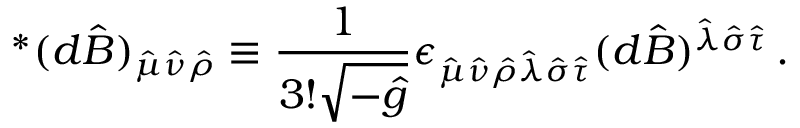
{ } ^ { * } ( d \hat { B } ) _ { \hat { \mu } \hat { \nu } \hat { \rho } } \equiv { \frac { 1 } { 3 ! { \sqrt { - { \hat { g } } } } } } \epsilon _ { \hat { \mu } \hat { \nu } \hat { \rho } \hat { \lambda } \hat { \sigma } \hat { \tau } } ( d \hat { B } ) ^ { \hat { \lambda } \hat { \sigma } \hat { \tau } } \, .